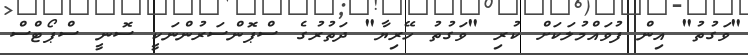
"ވަގުތު" އިން ފުވައްމުލަކަށް ކުރި "ވަގުތު ހޭރިޔާ" ދަތުރުގެ ސްޕޮންސަރުންނަކީ ސޮނީ ސްޕޯޓްސް